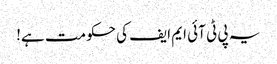
یہ پی ٹی آئی ایم ایف کی حکومت ہے!